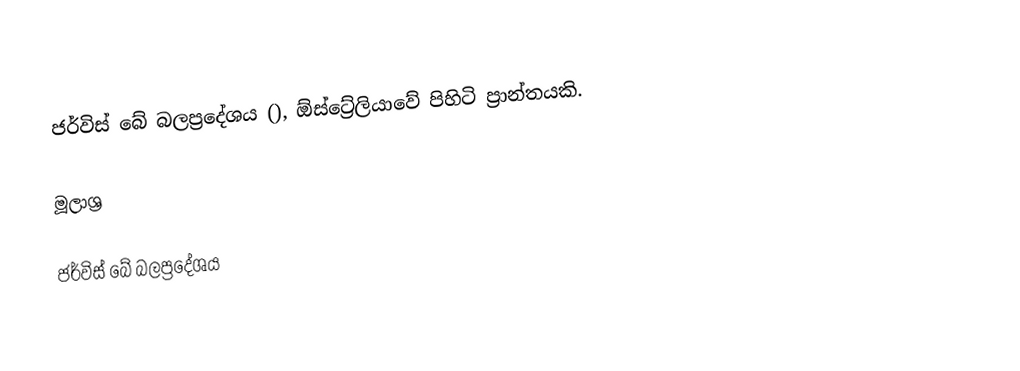
ජර්විස් බේ බලප්‍රදේශය (), ඕස්ට්‍රේලියාවේ පිහිටි ප්‍රාන්තයකි.

මූලාශ්‍ර

ජර්විස් බේ බලප්‍රදේශය